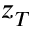
z _ { T }